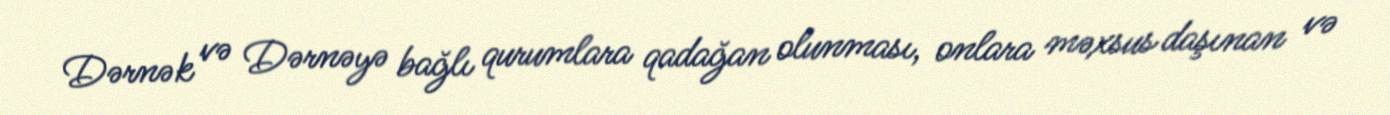
Dərnək və Dərnəyə bağlı qurumlara qadağan olunması, onlara məxsus daşınan və